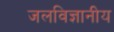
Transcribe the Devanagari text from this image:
जलविज्ञानीय